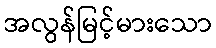
အလွန်မြင့်မားသော